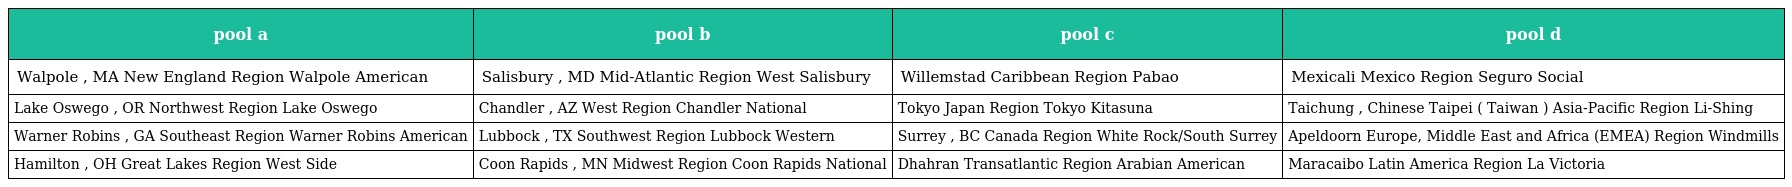
| pool a | pool b | pool c | pool d |
 | --- | --- | --- | --- |
 | Walpole , MA New England Region Walpole American | Salisbury , MD Mid-Atlantic Region West Salisbury | Willemstad Caribbean Region Pabao | Mexicali Mexico Region Seguro Social |
 | Lake Oswego , OR Northwest Region Lake Oswego | Chandler , AZ West Region Chandler National | Tokyo Japan Region Tokyo Kitasuna | Taichung , Chinese Taipei ( Taiwan ) Asia-Pacific Region Li-Shing |
 | Warner Robins , GA Southeast Region Warner Robins American | Lubbock , TX Southwest Region Lubbock Western | Surrey , BC Canada Region White Rock/South Surrey | Apeldoorn Europe, Middle East and Africa (EMEA) Region Windmills |
 | Hamilton , OH Great Lakes Region West Side | Coon Rapids , MN Midwest Region Coon Rapids National | Dhahran Transatlantic Region Arabian American | Maracaibo Latin America Region La Victoria |